Medical and sanitary report of the native army of Bengal for the year
Year: 1875
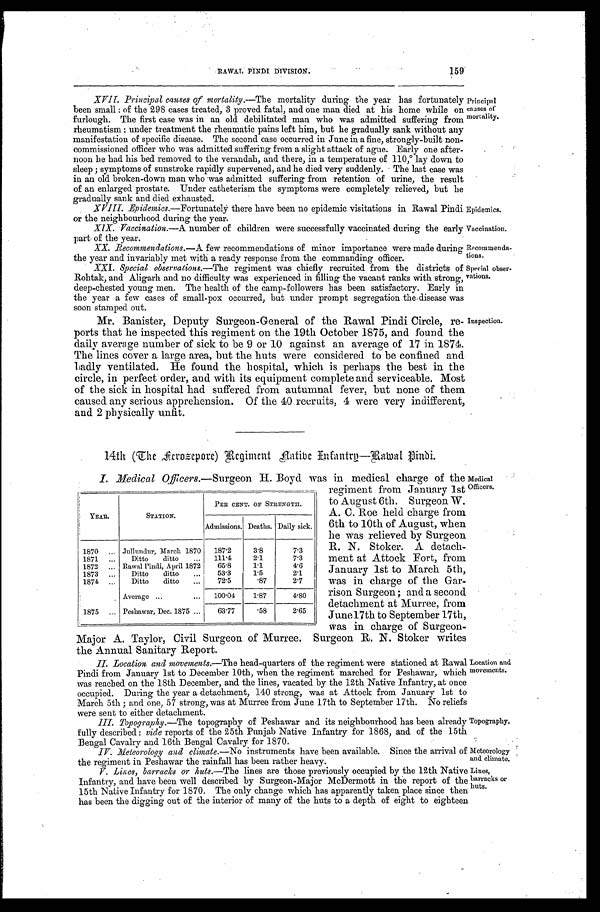
RAWAL PINDI DIVISION.
159
XVII. Principal causes of mortality .—The mortality during the year has fortunately
been small: of the 298 cases treated, 3 proved fatal, and one man died at his home while on
furlough. The first case was in an old debilitated man who was admitted suffering from
rheumatism: under treatment the rheumatic pains left him, but he gradually sank without any
manifestation of specific disease. The second case occurred in June in a fine, strongly-built non
-commissioned officer who was admitted suffering from a slight attack of ague. Early one after
- n o o n h e h a d h i s b e d r e m o v e d t o t h e v e r a n d a h , a n d t h e r e , i n a t e m p e r a t u r e o f 1 1 0 ,° l a y d o w n t o
sleep; symptoms of sunstroke rapidly supervened, and he died very suddenly. The last case was
in an old broken-down man who was admitted suffering from retention of urine, the result
of an enlarged prostate. Under catheterism the symptoms were completely relieved, but he
gradually sank and died exhausted.
XVIII. Epidemics .—Fortunately there have been no epidemic visitations in Rawal Pindi
or the neighbourhood during the year.
XIX. Vaccination .—A number of children were successfully vaccinated during the early
part of the year.
XX. Recommendations.—A few recommendations of minor importance were made during
the year and invariably met with a ready response from the commanding officer.
XXI. Special observations .—The regiment was chiefly recruited from the districts of
Rohtak, and Aligarh and no difficulty was experienced in filling the vacant ranks with strong,
deep-chested young men. The health of the camp-followers has been satisfactory. Early in
the year a few cases of small-pox occurred, but under prompt segregation the disease was
soon stamped out.
Mr. Banister, Deputy Surgeon-General of the Rawal Pindi Circle, re
-ports that he inspected this regiment on the 19th October 1875, and found the
daily average number of sick to be 9 or 10 against an average of 17 in 1874.
The lines cover a large area, but the huts were considered to be confined and
badly ventilated. He found the hospital, which is perhaps the best in the
circle, in perfect order, and with its equipment complete and serviceable. Most
of the sick in hospital had suffered from autumnal fever, but none of them
caused any serious apprehension. Of the 40 recruits, 4 were very indifferent,
and 2 physically unfit.
Principal
causes of
mortality.
Epidemics.
Vaccination.
Recommenda
-tions.
Special obser
-vations.
Inspection.
14th (The Ferosepore) Regiment Native Infantry—Rawal Pindi.
I. Medical Officers .—Surgeon H. Boyd was in medical charge of the
regiment from January 1st
to August 6th. Surgeon W.
A. C. Roe held charge from
6th to 10th of August, when
he was relieved by Surgeon
R. N. Stoker. A detach
-ment at Attock Fort, from
January 1st to March 5th,
was in charge of the Gar
-rison Surgeon; and a second
detachment at Murree, from
June l7th to September 17th,
was in charge of Surgeon
-Major A. Taylor, Civil Surgeon of Murree. Surgeon R. N. Stoker writes
t h e A n n u a l S a n i t a r y R e p o r t .
II. Location and movements .—The head-quarters of the regiment were stationed at Rawal
Pindi from January 1st to December 10th, when the regiment marched for Peshawar, which
was reached on the 18th December, and the lines, vacated by the 12th Native Infantry, at once
occupied. During the year a detachment, 140 strong, was at Attock from January 1st to
March 5th; and one, 57 strong, was at Murree from June 17th to September 17th. No reliefs
were sent to either detachment.
III. Topography.—The topography of Peshawar and its neighbourhood has been already
fully described: vide reports of the 25th Punjab Native Infantry for 1868, and of the 15th
Bengal Cavalry and 16th Bengal Cavalry for 1870.
YEAR.
STATION.
PER CENT. OF STRENGTH.
Admissions. Deaths. Daily sick.
1870 . . . Jullundur, March 1870
187.2
3.8
7.3
1871 . . .
Ditto ditto . . .
111.4
2.1
7.3
1872 . . . Rawal Pindi, April 1872
65.8
1.1
4.6
1873 . . .
Ditto ditto . . .
53.3
1.5
2.1
1874 . . .
Ditto ditto . . .
72.5
.87
2.7
Average . . .
100.04
1.87
4.80
1875 . . . Peshawar, Dec. 1875 . . .
63.77
.58
2.65
Medical
Officers.
Location and
movements.
Topography.
Meteorology
and climate.
Lines,
barracks or
huts.
IV. Meteorology and climate .—No instruments have been available. Since the arrival of
the regiment in Peshawar the rainfall has been rather heavy.
V. Lines, barracks or huts.—The lines are those previously occupied by the 12th Native
Infantry, and have been well described by Surgeon-Major McDermott in the report of the
15th Native Infantry for 1870. The only change which has apparently taken place since then
has been the digging out of the interior of many of the huts to a depth of eight to eighteen